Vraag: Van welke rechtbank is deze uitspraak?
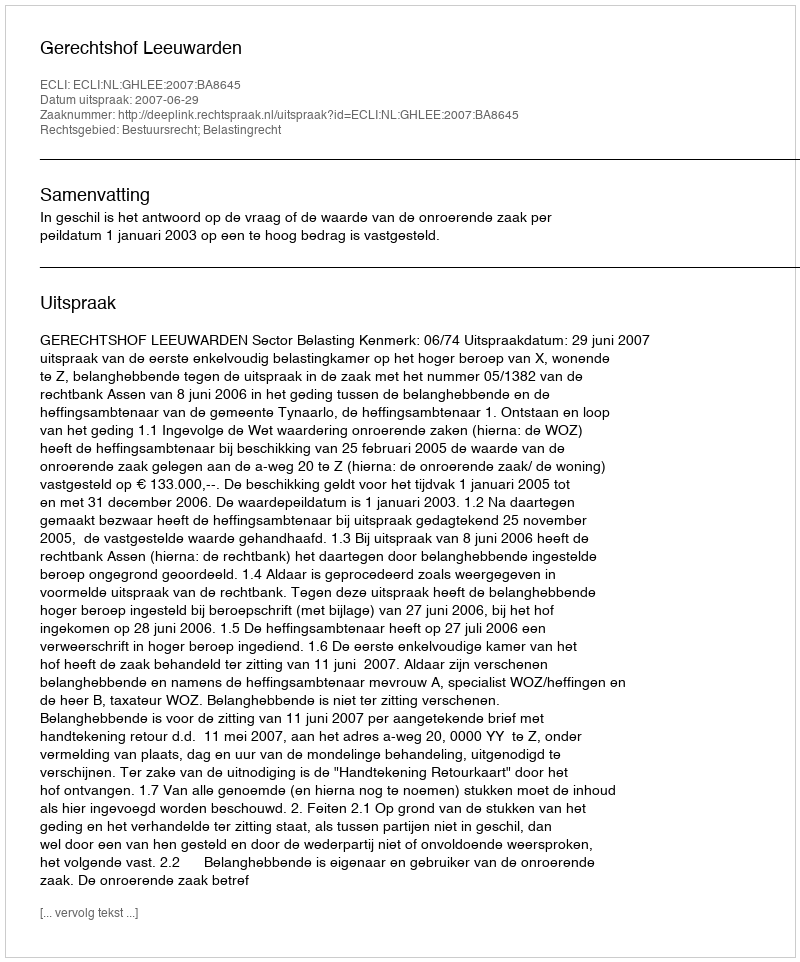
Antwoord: Gerechtshof Leeuwarden